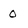
Character: 0